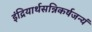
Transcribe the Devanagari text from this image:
इंद्रियार्थसन्निकर्षजन्यं